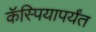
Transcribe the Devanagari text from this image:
कॅस्पियापर्यंत